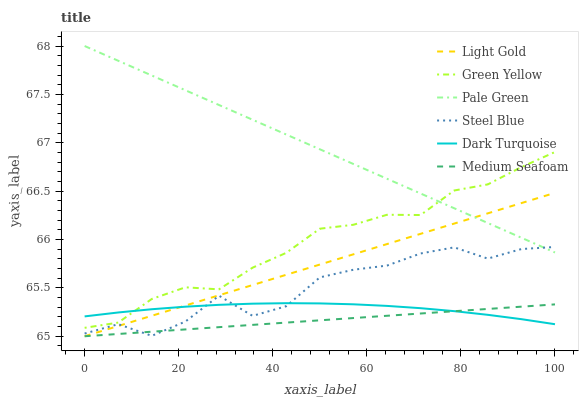
| xaxis_label | Light Gold | Green Yellow | Pale Green | Steel Blue | Dark Turquoise | Medium Seafoam |
 | --- | --- | --- | --- | --- | --- | --- |
 | 0 | 65 | 65.1 | 68 | 65 | 65.2 | 65 |
 | 7.14 | 65.1 | 65.1 | 67.8 | 65.1 | 65.2 | 65 |
 | 14.3 | 65.2 | 65.4 | 67.7 | 65 | 65.3 | 65 |
 | 21.4 | 65.3 | 65.5 | 67.5 | 65.2 | 65.3 | 65.1 |
 | 28.6 | 65.4 | 65.5 | 67.4 | 65.4 | 65.3 | 65.1 |
 | 35.7 | 65.5 | 65.7 | 67.2 | 65.2 | 65.3 | 65.1 |
 | 42.9 | 65.6 | 65.9 | 67.1 | 65.3 | 65.3 | 65.1 |
 | 50 | 65.7 | 66.1 | 66.9 | 65.6 | 65.3 | 65.2 |
 | 57.1 | 65.8 | 66.2 | 66.8 | 65.7 | 65.3 | 65.2 |
 | 64.3 | 66 | 66.3 | 66.6 | 65.7 | 65.3 | 65.2 |
 | 71.4 | 66.1 | 66.3 | 66.5 | 65.9 | 65.3 | 65.2 |
 | 78.6 | 66.2 | 66.5 | 66.3 | 65.9 | 65.3 | 65.3 |
 | 85.7 | 66.3 | 66.6 | 66.2 | 65.8 | 65.2 | 65.3 |
 | 92.9 | 66.4 | 66.7 | 66 | 65.9 | 65.2 | 65.3 |
 | 100 | 66.5 | 66.9 | 65.9 | 65.9 | 65.1 | 65.3 |